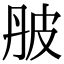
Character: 𤿔